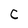
Character: C